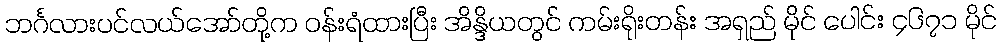
ဘင်္ဂလားပင်လယ်အော်တို့က ဝန်းရံထားပြီး အိန္ဒိယတွင် ကမ်းရိုးတန်း အရှည် မိုင် ပေါင်း ၄၆၇၁ မိုင်